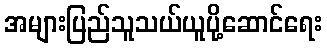
အများပြည်သူသယ်ယူပို့ဆောင်ရေး